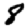
Digit: 8